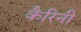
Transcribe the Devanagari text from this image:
कैरिनी